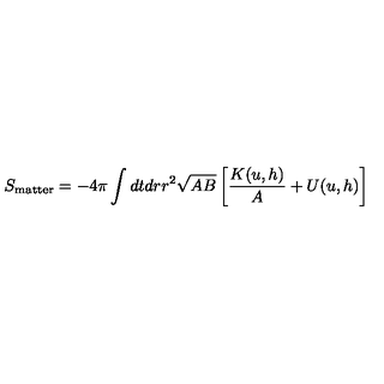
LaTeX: S _ { \mathrm { m a t t e r } } = - 4 \pi \int d t d r r ^ { 2 } \sqrt { A B } \left[ { \frac { K ( u , h ) } { A } } + U ( u , h ) \right]